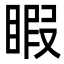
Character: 睱